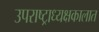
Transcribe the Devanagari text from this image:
उपराष्ट्राध्यक्षकालात